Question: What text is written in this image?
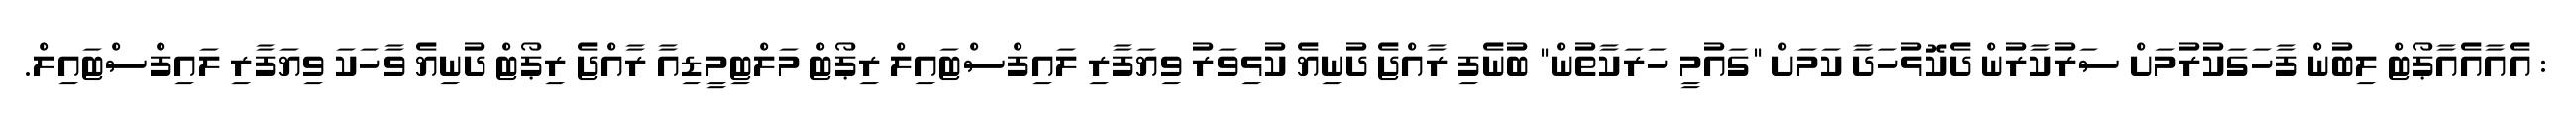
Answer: : އެއާއެއާޕޯޓް ލިބުން ފާހަގަކުރުމަށް ސަރުކާރުން ދެކޮޅުހަދާ ކަމަށް "ގައުމީ ހަރަކާތުން" ބުނެފި ރާއްޖެ ދުނިޔެ ކުޅިވަރު ވިޔަފާރި ލައިފްސްޓައިލް ރިޕޯޓް މަލްޓިމީޑިއާ ރާއްޖެ ރިޕޯޓް ދުނިޔެ ވާހަކަ ވިޔަފާރި ލައިފްސްޓައިލް.